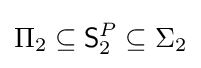
\Pi _{2}\subseteq {\mathsf {S}}_{2}^{P}\subseteq \Sigma _{2}